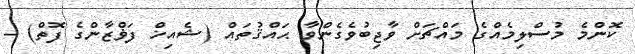
ކޮންމެ މުސްލިމެއްގެ މައްޗަށް ވާޖިބުވެގެންވާ ޙައްޤުތައް (ޝެއިޚް ފަޥްޒާންގެ ފޮތް) -